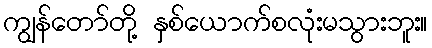
ကျွန်တော်တို့ နှစ်ယောက်စလုံးမသွားဘူး။